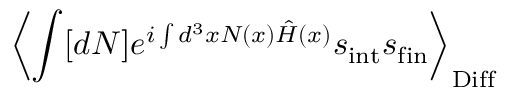
\left\langle \int [ d N ] e ^ { i \int d ^ { 3 } x N ( x ) { \hat { H } } ( x ) } s _ { \mathrm { i n t } } s _ { \mathrm { f i n } } \right\rangle _ { \mathrm { D i f f } }